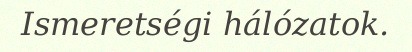
Ismeretségi hálózatok.